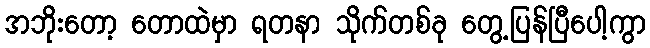
အဘိုးတော့ တောထဲမှာ ရတနာ သိုက်တစ်ခု တွေ့ပြန်ပြီပေါ့ကွာ